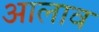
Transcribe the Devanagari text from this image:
आलाव